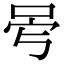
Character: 𠰡